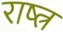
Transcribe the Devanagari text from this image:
राष्त्र